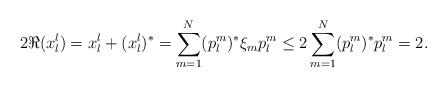
LaTeX: \begin{align*}2\Re(x^l_l)=x^l_l+(x^l_l)^\ast=\sum_{m=1}^N (p^m_l )^\ast \xi_m p^m_l \leq 2\sum_{m=1}^N (p^m_l )^\ast p^m_l=2. \end{align*}